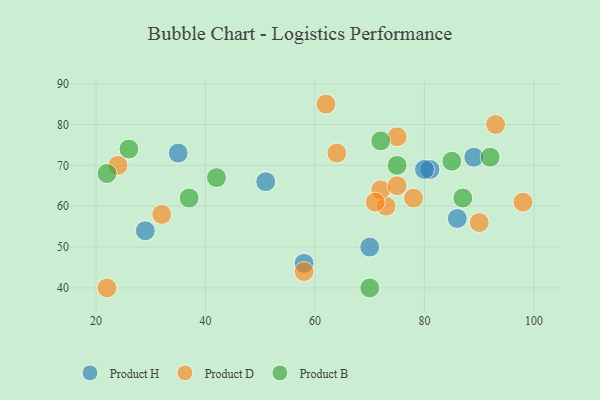
{"axis": {"x": "GDP", "y": "Life Expectancy"}, "legend": ["Product B", "Product D", "Product H"], "data": [{"x": "70", "y": 50, "type": "Product H"}, {"x": "81", "y": 69, "type": "Product H"}, {"x": "89", "y": 72, "type": "Product H"}, {"x": "86", "y": 57, "type": "Product H"}, {"x": "29", "y": 54, "type": "Product H"}, {"x": "58", "y": 46, "type": "Product H"}, {"x": "51", "y": 66, "type": "Product H"}, {"x": "80", "y": 69, "type": "Product H"}, {"x": "35", "y": 73, "type": "Product H"}, {"x": "73", "y": 60, "type": "Product D"}, {"x": "58", "y": 44, "type": "Product D"}, {"x": "78", "y": 62, "type": "Product D"}, {"x": "75", "y": 77, "type": "Product D"}, {"x": "64", "y": 73, "type": "Product D"}, {"x": "72", "y": 64, "type": "Product D"}, {"x": "71", "y": 61, "type": "Product D"}, {"x": "98", "y": 61, "type": "Product D"}, {"x": "22", "y": 40, "type": "Product D"}, {"x": "75", "y": 65, "type": "Product D"}, {"x": "32", "y": 58, "type": "Product D"}, {"x": "93", "y": 80, "type": "Product D"}, {"x": "90", "y": 56, "type": "Product D"}, {"x": "62", "y": 85, "type": "Product D"}, {"x": "24", "y": 70, "type": "Product D"}, {"x": "26", "y": 74, "type": "Product B"}, {"x": "92", "y": 72, "type": "Product B"}, {"x": "42", "y": 67, "type": "Product B"}, {"x": "85", "y": 71, "type": "Product B"}, {"x": "70", "y": 40, "type": "Product B"}, {"x": "75", "y": 70, "type": "Product B"}, {"x": "87", "y": 62, "type": "Product B"}, {"x": "22", "y": 68, "type": "Product B"}, {"x": "37", "y": 62, "type": "Product B"}, {"x": "72", "y": 76, "type": "Product B"}]}